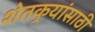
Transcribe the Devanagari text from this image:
शेतकर्‍यांसाठी